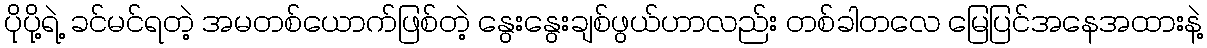
ပိုပို့ရဲ့ ခင်မင်ရတဲ့ အမတစ်ယောက်ဖြစ်တဲ့ နွေးနွေးချစ်ဖွယ်ဟာလည်း တစ်ခါတလေ မြေပြင်အနေအထားနဲ့